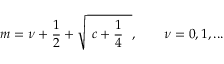
m = \nu + \frac { 1 } { 2 } + \sqrt { \ c + \frac { 1 } { 4 } \ \ } , \qquad \nu = 0 , 1 , . . .